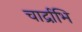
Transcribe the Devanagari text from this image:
चार्द्राभि